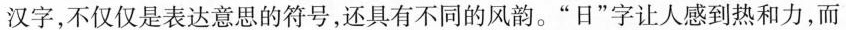
汉字，不仅仅是表达意思的符号，还具有不同的风韵。”日”字让人感到热和力，而